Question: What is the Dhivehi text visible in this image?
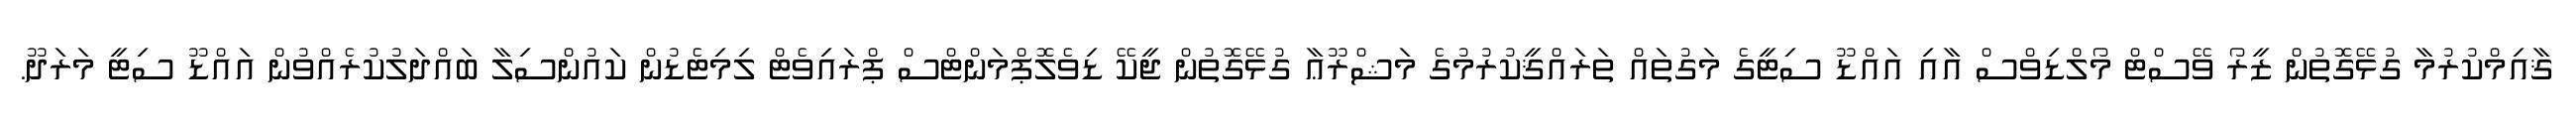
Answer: ޤާއިމްކުރުމާ ގުޅޭގޮތުން ޒީރޯ ވޭސްޓް މޯލްޑިވްސް އާއި އައްޑޫ ސިޓީގެ މަގުތައް ތަރައްޤީކުރުމުގެ މަޝްރޫޢާ ގުޅޭގޮތުން ޖީކޭ ޑިވެލޮޕްމަންޓްސް ޕްރައިވެޓް ލިމިޓެޑުން ކައުންސިލާ ބައްދަލުކުރެއްވުން އައްޑޫ ސިޓީ މަރަދޫ.